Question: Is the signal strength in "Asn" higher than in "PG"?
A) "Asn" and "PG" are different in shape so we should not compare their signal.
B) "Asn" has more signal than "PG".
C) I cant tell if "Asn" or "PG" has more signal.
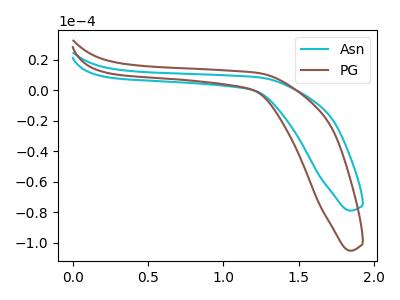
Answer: <think>The cyan curve "Asn" has no peaks. The brown curve "PG" has no peaks.
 Neither "Asn" or "PG" have any peaks.</think>
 <answer>C) I cant tell if "Asn" or "PG" has more signal.</answer>
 <eval>C</eval>